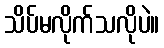
သိပ်မလိုက်သလိုပဲ။